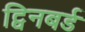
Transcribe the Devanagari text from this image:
ट्विनबर्ड